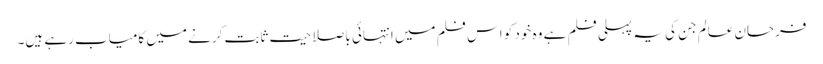
فرحان عالم جن کی یہ پہلی فلم ہے وہ خود کو اس فلم میں انتہائی باصلاحیت ثابت کرنے میں کامیاب رہے ہیں۔